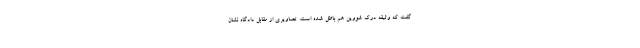
گفت که وثیقه درک شووین هم باطل شده است. تصاویری از مقابل دادگاه نشان